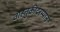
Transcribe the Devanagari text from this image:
वाहतुकीदरम्यान